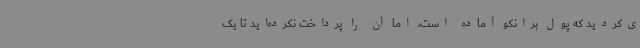
ی‌کردید که پول برانکو آماده است، اما آن را پرداخت نکرده‌اید تا یک‌